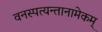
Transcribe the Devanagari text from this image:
वनस्पत्यन्तानामेकम्